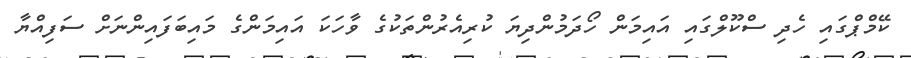
ކޭމްޕްގައި ހެދި ސްކޫލްގައި އައިމަން ހޯދަމުންދިޔަ ކުރިއެރުންތަކުގެ ވާހަކަ އައިމަންގެ މައިބަފައިންނަށް ސަފިއްޔާ